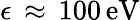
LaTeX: \epsilon\, \approx\, 100\, \mathrm{{eV}}